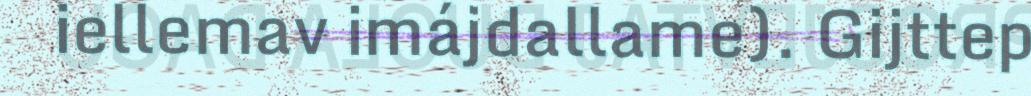
iellemav imájdallame). Gijttep